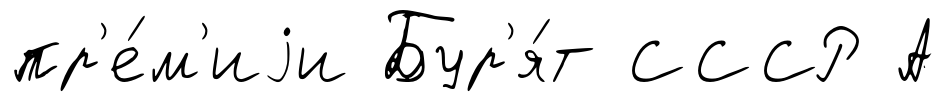
пр'е́м'иjи Бур'я́т СССР А